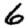
Digit: 6